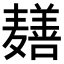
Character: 𬹎